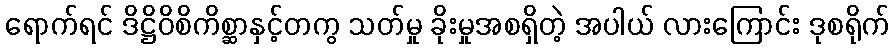
ရောက်ရင် ဒိဋ္ဌိဝိစိကိစ္ဆာနှင့်တကွ သတ်မှု ခိုးမှုအစရှိတဲ့ အပါယ် လားကြောင်း ဒုစရိုက်